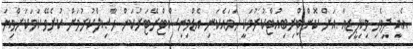
އެއީ ދިވެހި ވިކިޕީޑިއާ އަށް ކޮންޓްރިބިއުޓްކުރުމަކީ ހަމައެކަނި އެޑްމިނިސްޓްރޭޓަރުކަން ޙާޞިލްކުރުމަށް ކުރެވޭ ކަމަކަށްވިޔަ